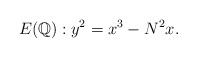
\begin{align*}E(\mathbb{Q}): y^{2}=x^{3}-N^{2} x.\end{align*}